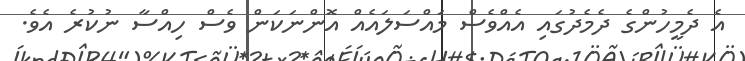
އެ ދެމީހުންގެ ދެމެދުގައި އެއްވެސް މައްސަލައެއް އޮންނަކަން ވެސް ހިއްސާ ނުކުރެ އެވެ.